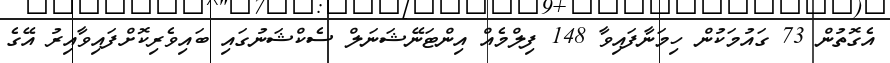
އެގޮތުން 73 ގައުމަކުން ހިމަނާފައިވާ 148 ފިލްމެއް އިންޓަނޭޝަނަލް ސެކްޝަނުގައި ބައިވެރިކޮށްފައިވާއިރު އޭގެ